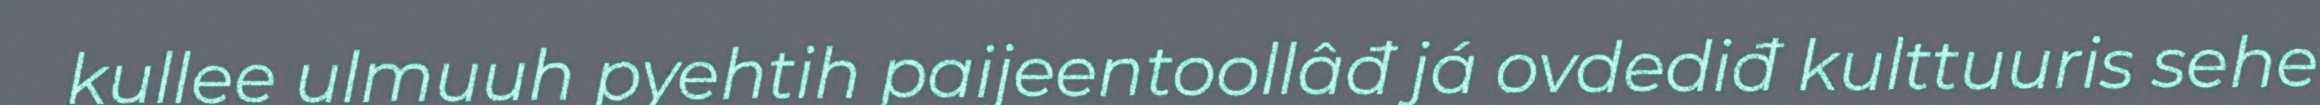
kullee ulmuuh pyehtih paijeentoollâđ já ovdediđ kulttuuris sehe